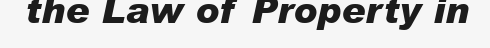
the Law of Property in